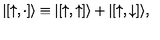
| [ { \uparrow } , \cdot ] \rangle \equiv | [ { \uparrow } , { \uparrow } ] \rangle + | [ { \uparrow } , { \downarrow } ] \rangle ,